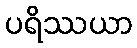
ပရိဿယာ